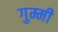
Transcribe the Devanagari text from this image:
गुम्मी